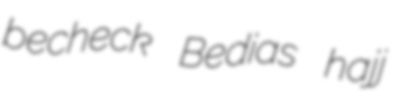
becheck Bedias hajj